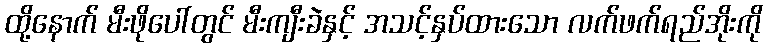
ထို့နောက် မီးဖိုပေါ်တွင် မီးကျီးခဲနှင့် အသင့်နှပ်ထားသော လက်ဖက်ရည်အိုးကို